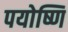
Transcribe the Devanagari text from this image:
पयोष्णि